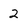
Character: 2